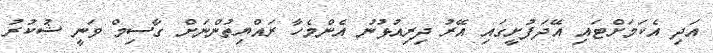
އަދި އެކަމަށްޓައި އޭދަފުށީގައި އޭރު ދިރިއުޅުނު އެންމެހާ ރައްޔިތުންނަށް ގާސިމް ވަނީ ޝުކުރު